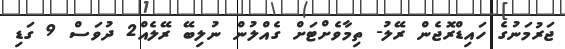
ޖަރުމަނުގެ ހައިޑްރޮޖެން ރޭލު- ތިމާވެށްޓަށް ގެއްލުން ނުލިބޭ ރޭލެއް2 ދުވަސް 9 ގަޑި